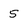
Character: 5